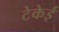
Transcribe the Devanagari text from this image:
टेकेई